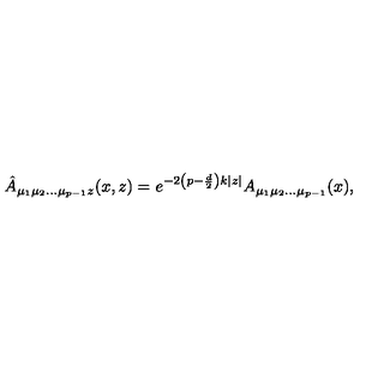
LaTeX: \hat { A } _ { \mu _ { 1 } \mu _ { 2 } \ldots \mu _ { p - 1 } z } ( x , z ) = e ^ { - 2 \left( p - \frac { d } { 2 } \right) k | z | } A _ { \mu _ { 1 } \mu _ { 2 } \ldots \mu _ { p - 1 } } ( x ) ,